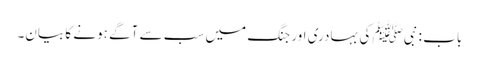
باب : نبیﷺ کی بہادری اور جنگ میں سب سے آگے ہونے کا بیان۔